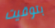
بتوقيت